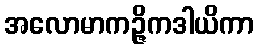
အလောမာကဉ္ဇိကဒါယိကာ